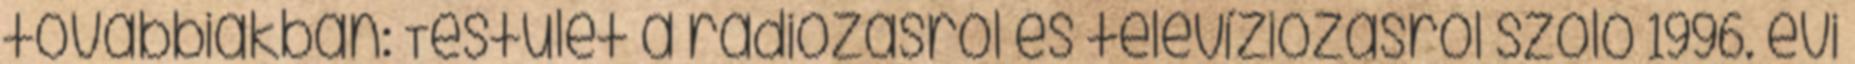
továbbiakban: Testület a rádiózásról és televíziózásról szóló 1996. évi